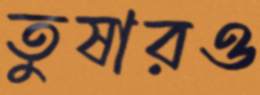
তুষারও